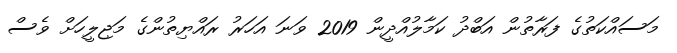
މަސައްކަތުގެ ފަރާތުން އަބްދު ކަމާލުއްދީން 2019 ވަނަ އަހަރު ރައްޔިތުންގެ މަޖިލީހަށް ވެސް